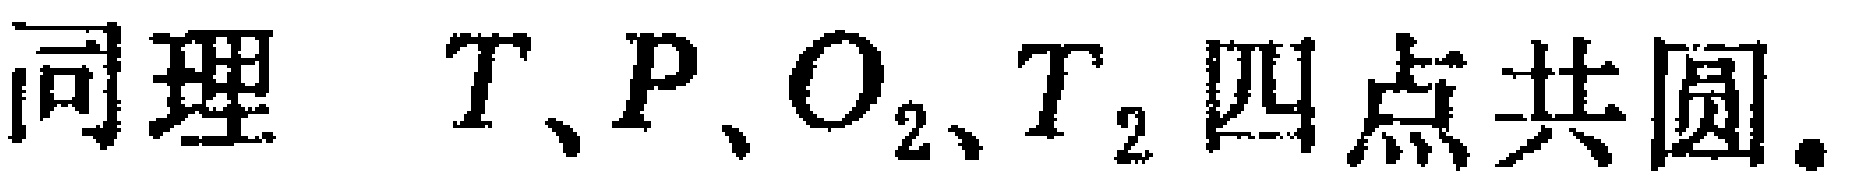
同理 \(T、P、O_{2}、T_{2}\) 四点共圆.